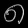
Digit: ၈